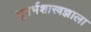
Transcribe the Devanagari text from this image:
भूगर्भशास्त्रज्ञाला